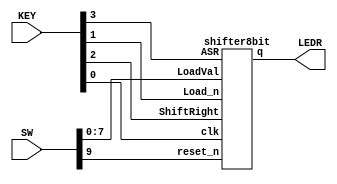
module shifter(SW, KEY, LEDR);
	input [9:0] SW; // SW[7:0] = LoadVal[7:0]; SW[9] = reset_n
	input [3:0] KEY; // KEY[0] = clk; KEY[1] = Load_n; KEY[2] = ShiftRight; KEY[3] = ASR
	output [7:0] LEDR; // LEDR = q
	
	shifter8bit s(
		.LoadVal(SW[7:0]),
		.clk(KEY[0]),
		.Load_n(KEY[1]),
		.ShiftRight(KEY[2]),
		.ASR(KEY[3]),
		.reset_n(SW[9]),
		.q(LEDR[7:0])
	);
endmodule



module shifter8bit(LoadVal, Load_n, ShiftRight, ASR, clk, reset_n, q);
	input [7:0] LoadVal;
	input Load_n, ShiftRight, ASR, clk, reset_n;
	output [7:0] q;
	
	wire w0;
	
	asrcircuit asr7(
		.asr(ASR),
		.first(LoadVal[7]),
		.m(w0)
	);
	
	shifterbit s7(
		.load_val(LoadVal[7]),
		.load_n(Load_n),
		.shift(ShiftRight),
		.clk(clk),
		.reset_n(reset_n),
		// Leftmost input?
		.in(w0),
		.out(q[7])
	);
	
	shifterbit s6(
		.load_val(LoadVal[6]),
		.load_n(Load_n),
		.shift(ShiftRight),
		.clk(clk),
		.reset_n(reset_n),
		.in(q[7]),
		.out(q[6])
	);
	
	shifterbit s5(
		.load_val(LoadVal[5]),
		.load_n(Load_n),
		.shift(ShiftRight),
		.clk(clk),
		.reset_n(reset_n),
		.in(q[6]),
		.out(q[5])
	);
	
	shifterbit s4(
		.load_val(LoadVal[4]),
		.load_n(Load_n),
		.shift(ShiftRight),
		.clk(clk),
		.reset_n(reset_n),
		.in(q[5]),
		.out(q[4])
	);
	
	shifterbit s3(
		.load_val(LoadVal[3]),
		.load_n(Load_n),
		.shift(ShiftRight),
		.clk(clk),
		.reset_n(reset_n),
		.in(q[4]),
		.out(q[3])
	);
	
	shifterbit s2(
		.load_val(LoadVal[2]),
		.load_n(Load_n),
		.shift(ShiftRight),
		.clk(clk),
		.reset_n(reset_n),
		.in(q[3]),
		.out(q[2])
	);
	
	shifterbit s1(
		.load_val(LoadVal[1]),
		.load_n(Load_n),
		.shift(ShiftRight),
		.clk(clk),
		.reset_n(reset_n),
		.in(q[2]),
		.out(q[1])
	);
	
	shifterbit s0(
		.load_val(LoadVal[0]),
		.load_n(Load_n),
		.shift(ShiftRight),
		.clk(clk),
		.reset_n(reset_n),
		.in(q[1]),
		.out(q[0])
	);

endmodule


// asrcircuit
module asrcircuit(asr, first, m);
	input asr, first;
	output reg m;
	always @(*)
	begin
		if (asr == 1'b1)
			m <= first;
		else
			m <= 1'b0;
	end
endmodule


// shifterbit
module shifterbit(load_val, load_n, clk, reset_n, shift, in, out);
	input load_val, load_n, clk, reset_n, shift, in;
	output out;
	
	wire w0, w1;
	
	mux m0(
		.x(out),
		.y(in),
		.s(shift),
		.m(w0)
	);
	
	mux m1(
		.x(load_val),
		.y(w0),
		.s(load_n),
		.m(w1)
	);
	
	dfflop d0(
		.d(w1),
		.clk(clk),
		.r(reset_n),
		.q(out)
	);

endmodule


// dff
module dfflop(d, clk, r, q);
	input d, clk;
	input r;
	output q;
	
	reg q;
	
	always @(posedge clk)
	begin
		if (r == 1'b0)
			q <= 1'b0;
		else
			q <= d;
	end
endmodule


// mux
module mux(x, y, s, m);
    input x;
    input y;
    input s;
    output m;
  
    assign m = s & y | ~s & x;
endmodule